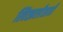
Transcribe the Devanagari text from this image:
स्वित्झर्ल्डंसाठी